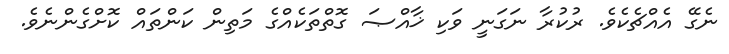
ނެގޭ އެއްޗެކެވެ. ރުކުރާ ނަގަނީ ވަކި ޚާއްޞަ ގޮތްތަކެއްގެ މަތިން ކަންތައް ކޮށްގެންނެވެ.